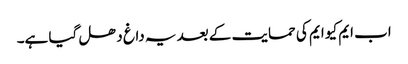
اب ایم کیو ایم کی حمایت کے بعد یہ داغ دھل گیا ہے۔